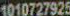
1010727925